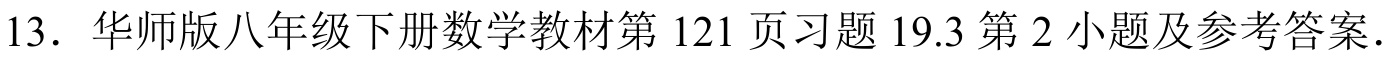
13. 华师版八年级下册数学教材第 121 页习题 19.3 第 2 小题及参考答案.